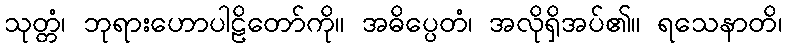
သုတ္တံ၊ ဘုရားဟောပါဠိတော်ကို။ အဓိပ္ပေတံ၊ အလိုရှိအပ်၏။ ရသေနာတိ၊